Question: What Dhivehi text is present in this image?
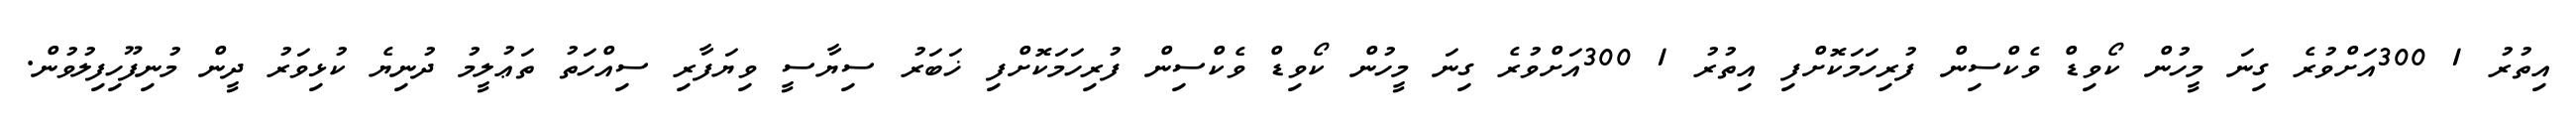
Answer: އިތުރު 1 300އަށްވުރެ ގިނަ މީހުން ކޯވިޑް ވެކްސިން ފުރިހަމަކޮށްފި އިތުރު 1 300އަށްވުރެ ގިނަ މީހުން ކޯވިޑް ވެކްސިން ފުރިހަމަކޮށްފި ޚަބަރު ސިޔާސީ ވިޔަފާރި ސިއްހަތު ތަޢުލީމު ދުނިޔެ ކުޅިވަރު ދީން މުނިފޫހިފިލުވުން.